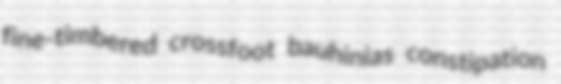
fine-timbered crossfoot bauhinias constipation